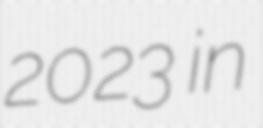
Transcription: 2023 in